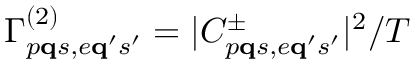
\Gamma _ { p { \bf q } s , e { \bf q } ^ { \prime } s ^ { \prime } } ^ { ( 2 ) } = | C _ { p { \bf q } s , e { \bf q } ^ { \prime } s ^ { \prime } } ^ { \pm } | ^ { 2 } / T